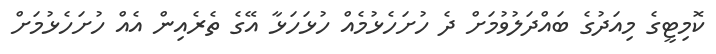
ކޮމިޓީގެ މިއަދުގެ ބައްދަލުވުމަށް ދެ ހުށަހެޅުމެއް ހުޅަހަޅާ އޭގެ ތެރެއިން އެއް ހުށަހެޅުމަށް